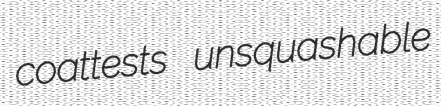
coattests unsquashable